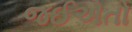
જઈએતો